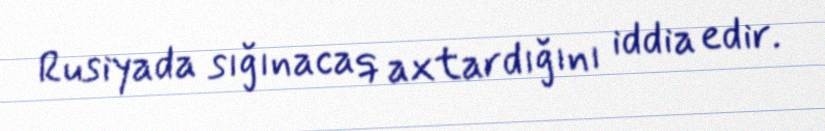
Rusiyada sığınacaq axtardığını iddia edir.